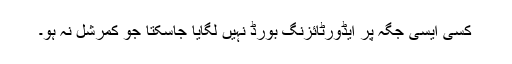
کسی ایسی جگہ پر ایڈورٹائزنگ بورڈ نہیں لگایا جاسکتا جو کمرشل نہ ہو۔